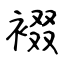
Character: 裰